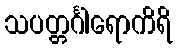
သပတ္တင်္ဂါရောကိရိ